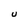
Character: U